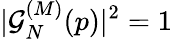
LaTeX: |\mathcal{G}_{N}^{(M)}(p)|^{2}=1